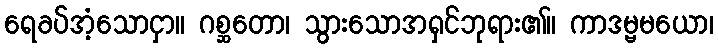
ရေခပ်အံ့သောငှာ။ ဂစ္ဆတော၊ သွားသောအရှင်ဘုရား၏။ ကာဒမ္ဗမယော၊